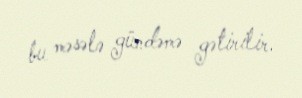
bu məsələ gündəmə gətirilir.